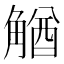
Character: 𧤕